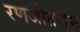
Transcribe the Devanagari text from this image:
रणजीतराम